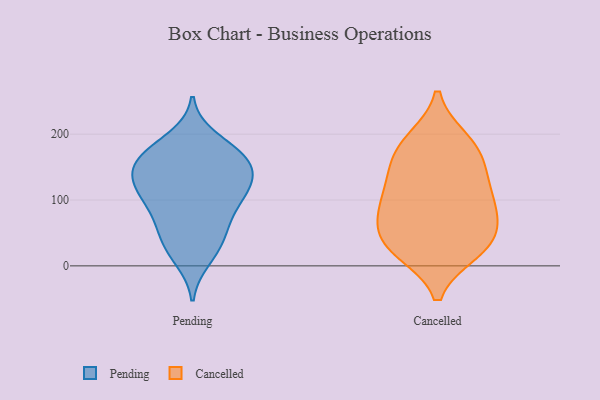
{"axis": {"x": "Net Income (USD K)", "y": "Value"}, "legend": ["Cancelled", "Pending"], "data": [{"x": "", "y": 85, "type": "Pending"}, {"x": "", "y": 174, "type": "Pending"}, {"x": "", "y": 166, "type": "Pending"}, {"x": "", "y": 59, "type": "Pending"}, {"x": "", "y": 124, "type": "Pending"}, {"x": "", "y": 117, "type": "Pending"}, {"x": "", "y": 58, "type": "Pending"}, {"x": "", "y": 137, "type": "Pending"}, {"x": "", "y": 39, "type": "Pending"}, {"x": "", "y": 193, "type": "Pending"}, {"x": "", "y": 152, "type": "Pending"}, {"x": "", "y": 11, "type": "Pending"}, {"x": "", "y": 103, "type": "Pending"}, {"x": "", "y": 161, "type": "Pending"}, {"x": "", "y": 119, "type": "Pending"}, {"x": "", "y": 145, "type": "Pending"}, {"x": "", "y": 169, "type": "Pending"}, {"x": "", "y": 100, "type": "Pending"}, {"x": "", "y": 24, "type": "Pending"}, {"x": "", "y": 172, "type": "Cancelled"}, {"x": "", "y": 82, "type": "Cancelled"}, {"x": "", "y": 22, "type": "Cancelled"}, {"x": "", "y": 107, "type": "Cancelled"}, {"x": "", "y": 191, "type": "Cancelled"}, {"x": "", "y": 29, "type": "Cancelled"}, {"x": "", "y": 63, "type": "Cancelled"}, {"x": "", "y": 112, "type": "Cancelled"}, {"x": "", "y": 146, "type": "Cancelled"}, {"x": "", "y": 96, "type": "Cancelled"}, {"x": "", "y": 149, "type": "Cancelled"}, {"x": "", "y": 62, "type": "Cancelled"}, {"x": "", "y": 24, "type": "Cancelled"}, {"x": "", "y": 36, "type": "Cancelled"}, {"x": "", "y": 188, "type": "Cancelled"}]}